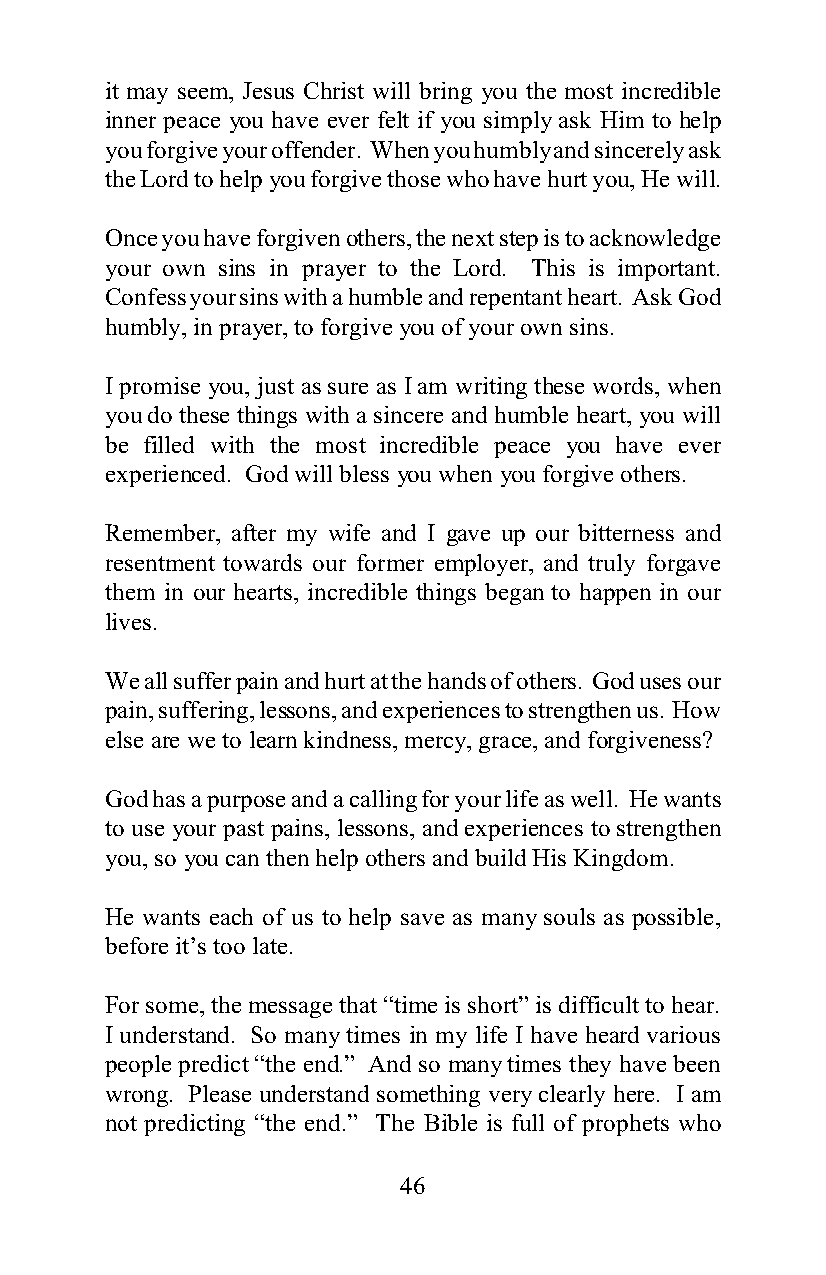
it may seem, Jesus Christ will bring you the most incredible
 inner peace you have ever felt if you simply ask Him to help
 you forgive your offender. When you humbly and sincerely ask
 the Lord to help you forgive those who have hurt you, He will.
 Once you have forgiven others, the next step is to acknowledge
 your own sins in prayer to the Lord. This is important.
 Confess your sins with a humble and repentant heart. Ask God
 humbly, in prayer, to forgive you of your own sins.
 I promise you, just as sure as I am writing these words, when
 you do these things with a sincere and humble heart, you will
 be filled with the most incredible peace you have ever
 experienced. God will bless you when you forgive others.
 Remember, after my wife and I gave up our bitterness and
 resentment towards our former employer, and truly forgave
 them in our hearts, incredible things began to happen in our
 lives.
 We all suffer pain and hurt at the hands of others. God uses our
 pain, suffering, lessons, and experiences to strengthen us. How
 else are we to learn kindness, mercy, grace, and forgiveness?
 God has a purpose and a calling for your life as well. He wants
 to use your past pains, lessons, and experiences to strengthen
 you, so you can then help others and build His Kingdom.
 He wants each of us to help save as many souls as possible,
 before it’s too late.
 For some, the message that “time is short” is difficult to hear.
 I understand. So many times in my life I have heard various
 people predict “the end.” And so many times they have been
 wrong. Please understand something very clearly here. I am
 not predicting “the end.” The Bible is full of prophets who
 46